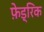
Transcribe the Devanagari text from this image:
फ़ेड्रिक